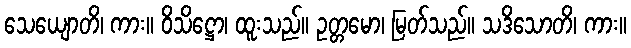
သေယျောတိ၊ ကား။ ဝိသိဋ္ဌော၊ ထူးသည်။ ဥတ္တမော၊ မြတ်သည်။ သဒိသောတိ၊ ကား။